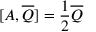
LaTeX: [ A , { \overline { { Q } } } ] = { \frac { 1 } { 2 } } { \overline { { Q } } }